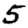
Digit: 5